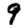
Digit: 9